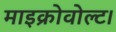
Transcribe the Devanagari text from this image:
माइक्रोवोल्ट।